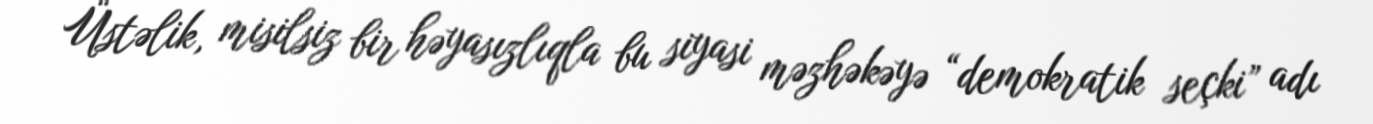
Üstəlik, misilsiz bir həyasızlıqla bu siyasi məzhəkəyə “demokratik seçki” adı